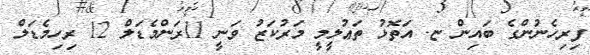
ފިރިހެނުންގެ ބައިން ޏ. އަތޮޅު ތަޢުލީމީ މަރުކަޒު ވަނީ 11ރަންމެޑަލް 12 ރިހިމެޑަލް